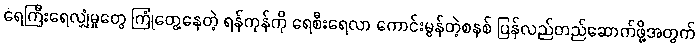
ရေကြီးရေလျှံမှုတွေ ကြုံတွေ့နေတဲ့ ရန်ကုန်ကို ရေစီးရေလာ ကောင်းမွန်တဲ့စနစ် ပြန်လည်တည်ဆောက်ဖို့အတွက်